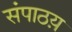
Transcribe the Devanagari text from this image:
संपाठय़